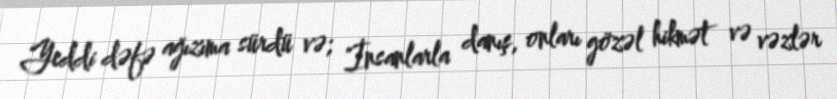
Yeddi dəfə ağızıma sürdü və; "İnsanlarla danış, onları gözəl hikmət və vəzlər